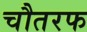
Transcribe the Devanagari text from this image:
चौतरफ